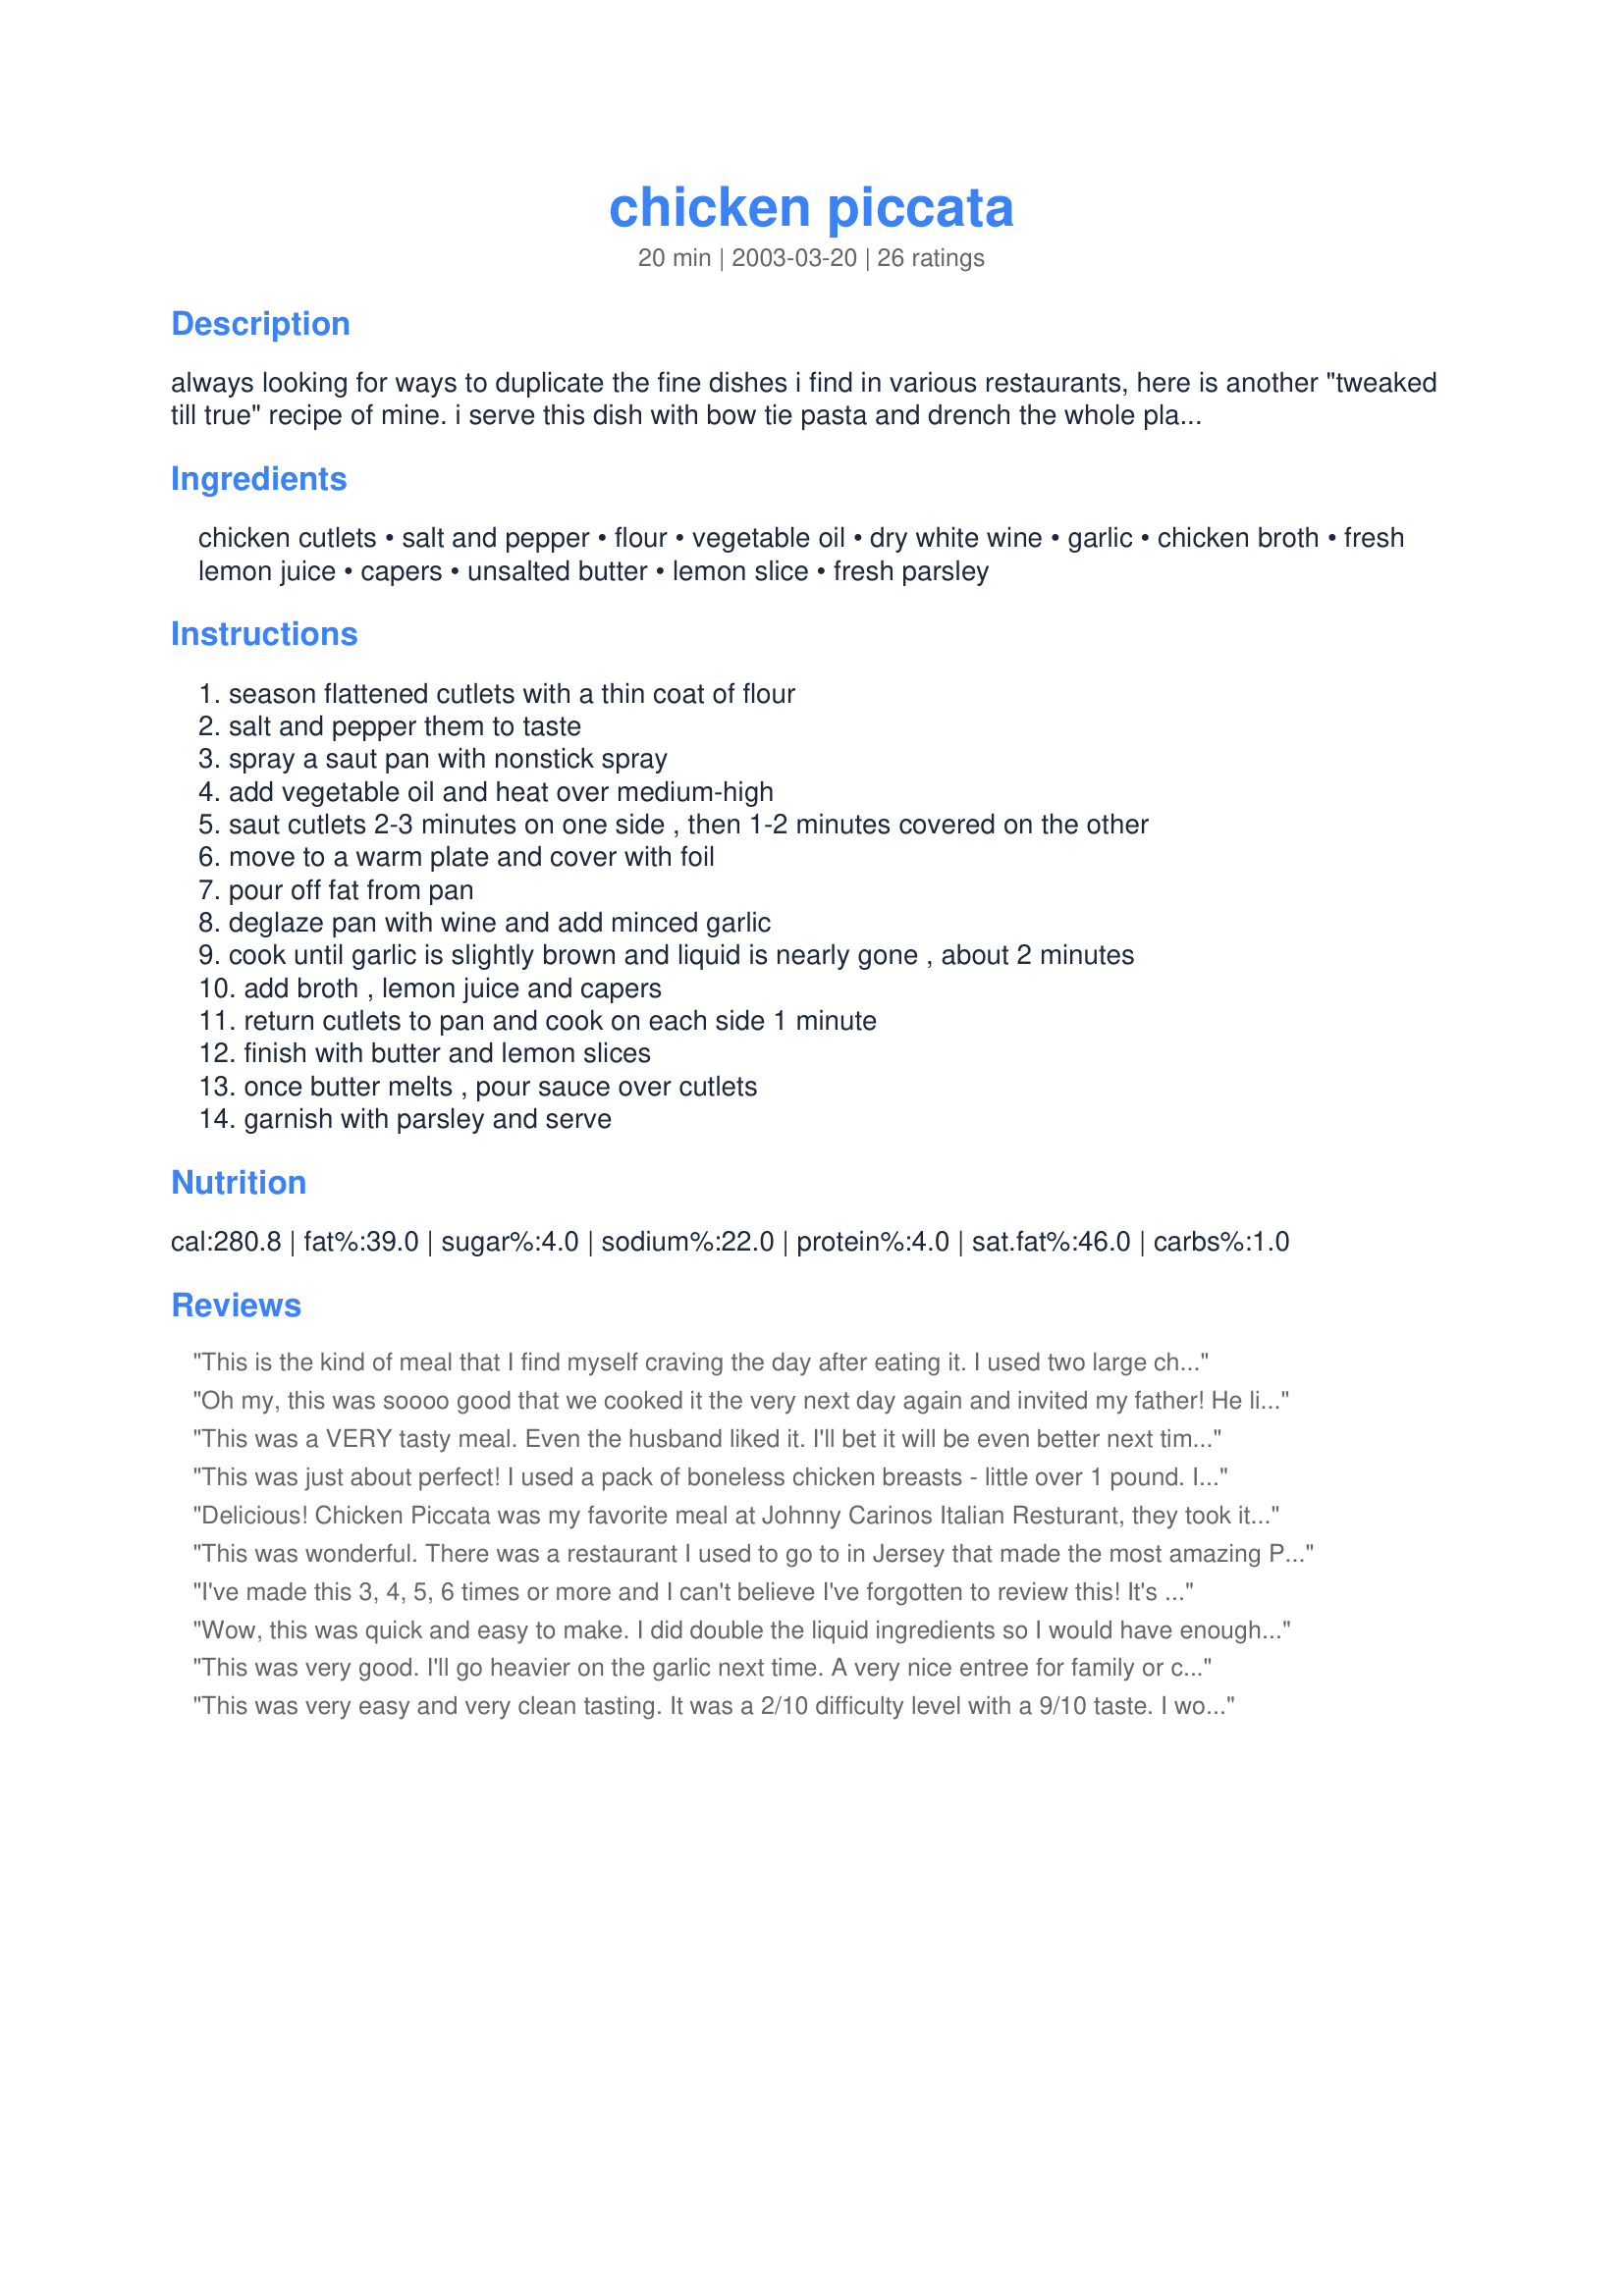
chicken piccata
Preparation time: 20 minutes

always looking for ways to duplicate the fine dishes i find in various restaurants, here is another "tweaked till true" recipe of mine. i serve this dish with bow tie pasta and drench the whole plate with the sauce.

Ingredients:
chicken cutlets, salt and pepper, flour, vegetable oil, dry white wine, garlic, chicken broth, fresh lemon juice, capers, unsalted butter, lemon slice, fresh parsley

Steps:
season flattened cutlets with a thin coat of flour, salt and pepper them to taste, spray a saut pan with nonstick spray, add vegetable oil and heat over medium-high, saut cutlets 2-3 minutes on one side , then 1-2 minutes covered on the other, move to a warm plate and cover with foil, pour off fat from pan, deglaze pan with wine and add minced garlic, cook until garlic is slightly brown and liquid is nearly gone , about 2 minutes, add broth , lemon juice and capers, return cutlets to pan and cook on each side 1 minute, finish with butter and lemon slices, once butter melts , pour sauce over cutlets, garnish with parsley and serve

Reviews:
This is the kind of meal that I find myself craving the day after eating it. I used two large chicken breasts that I sliced in half horizontally, making it much easier to pound into really thin cutlets. This was so quick and easy to prepare and, BONUS, I always have these ingredients on hand so it's a great last-minute type of meal. You MUST serve this with pasta! Thanks for the recipe Sandi :)
Oh my, this was soooo good that we cooked it the very next day again and invited my father! He liked it so much that he proceded to ask when we were going to have it again and then said "you better invite me"!!!
This was a VERY tasty meal. Even the husband liked it. I'll bet it will be even better next time when I remember to add the butter at the end. GRRRRR. But ya know, even though I completely brain dumped that, it was still a delicious recipe. My husband didn't even realize there was wine in it (he swears he doesn't like wine in foods) because it wasn't overpowering. The only thing I may do differently is to try dipping the breasts into a mixture of 2 eggs and 2 tbsp of dijon mustard before dredging them in flour or maybe breadcrumbs. And I say I "may" do that, because I'm not sure if I can bring myself to change anything. Thanks for the recipe!
This was just about perfect! I used a pack of boneless chicken breasts - little over 1 pound. I browned them in a combo of 1 T. oil and 1 T. butter. Otherwise, followed this exactly and it was delicious - lemony, garlicky, buttery - wonderful blend of flavors! Thanks!
Delicious! Chicken Piccata was my favorite meal at Johnny Carinos Italian Resturant, they took it off their menu I have been craving it ever since! This tasted almost exact! My husband said this was one of his favorite meals I have made! We didn't have the dry white wine so we subsituted chicken broth--it tasted great! We will be making this many times over. Thank you.
This was wonderful. There was a restaurant I used to go to in Jersey that made the most amazing Pollo Limone...and this recipe is almost exactly like that wonderful dish I used to have whenever I visited my friends in Jersey. Fabulous! I served it with a Pasta Primavera recipe (22077) and it complemented it perfectly!
I've made this 3, 4, 5, 6 times or more and I can't believe I've forgotten to review this! It's absolutely divine! Easy to follow recipe that is quick to put together, yet tastes like you spent much more time in the kitchen. Highly recommended!
Wow, this was quick and easy to make. I did double the liquid ingredients so I would have enough to spoon the sauce over pasta. So I served the chicken over whole wheat pasta but since whole wheat is a bit chewy, I think for the next time I will serve it over regular angel hair pasta -- that would have been perfect. Also, I may try this chicken cut into smaller strips and made as a chicken, ziti, broccoli dish. Will make this again and again! Yummy!
This was very good. I'll go heavier on the garlic next time. A very nice entree for family or company.
This was very easy and very clean tasting. It was a 2/10 difficulty level with a 9/10 taste. I would recommend more lemon in the future and maybe a little less liquid. Followed the directions exactly. My boyfriend and I loved this with some butter/garlic orzo. Adding this to the rotation. Thanks!
I actually doubled the recipe (4 servings) because I had 5 cutlets and it turned out perfectly. There was enough sauce to serve with egg noodles. The directions were easy to follow. PERFECTO!
I wish I could give this 10 stars!!! This is the best Chicken Piccata I have EVER had! Can't say enough about it. The chicken was perfectly tender and moist and the ratio of ingredients is perfect. The only thing I did different was add about 4T of capers because I love them so much. Wonderful recipe, Sandi(From CA).

Thanks For such a fantastic recipe! I have been making chicken piccata for a while now. The recipe i have uses way too much butter. This has the perfect balance of garlic, lemon and butter! I followed the simple recipe exactly and enjoyed results! Will use this recipe from now on! Thanks Again!
Yummity-yum-yum!!! So easy and so delish! Used salted butter and Myer lemons and this was FANTASTIC!!! Even my almost 2 yr. old daughter loved it! Will for sure be a recipe we'll make over and over. Thanks for posting!
This was easy to make; and excellent eating. The flavors came together very well. My chicken breast was kind of large so I doubled the sauce and am glad I did. We had it with penne rigate pasta, steamed green beans and a tossed salad. This goes in the keeper file and will work for both company dinners and regular at home meals.
I wanted Chicken Piccata so I looked around. There are like a hundred recipes to pick from. I figured I'd try one this time, then another next time until I found the best. This is the first one I picked and OMGOSH - I won't even try any others! I moaned through the whole meal! I've never tasted anything so good in my life!!!!!!!
Goodlordywwhooddy....this is some seriously good stuff. Much easier than I thought it would be and an excellent first choice for this recipe. I had been craving Chicken Piccata but would never stop long enough to make any.

This recipe is THE ONE....the flavors are delightful and the directions perfect.

Thanks Sandi!!! I'll be making this again and again!!!
This was delicious!! I used butter and olive oil to saute the cutlets like another reviewer did, but other than that I followed it exactly. I will make this again and again. Thank you.
A total winner in our house. It is "requested" by our kids to be added to the weekly menu!!!! HIGHLY recommend!
What a treat this was.We really enjoyed it.It is quite similar to my recipe but mine has mushrooms and parmesan cheese.I will make this again;very tasty.Thanks for posting.
Rita
This is an excellent recipe. Restaurant quality in my opinion. Very easy to follow directions with better than expected results. Nice balance of lemon, garlic, wine and butter for a sumptious flavored sauce. I served it with linguine noodles. Deserves more than 5 stars. Thanks.
This was a nice blend of flavours. Being the first time I have used capers I was unsure how I would like it.......it is a 'keeper' for me:) I will certainly use capers in other recipes now :) Thanks for sharing.
Made this for lunch today with turkey cutlets pounded thin. Easy and restaurant quality results. We do have very good capers here and that only added to the overall goodness. I will certianly do this one again, quick to do too, especially if you get it all set up beforehand. Thanks!
This recipe is easy and delicious. I prepared this for a family birthday party of 20 and received thumbs up by everyone (even my S.O who is a basic meat and potato man.) Preparing for a large party was not difficult and I recommend if you're looking for a group pleaser. The platter looked gorgeous and a pic was taken for all of the memory scrapbooks. Thanks, Sandi from Ca for sharing!
I made this recipe for my boyfriend, his friend, and I. It came out really good, but the sauce was a little runny. Maybe I'll add some corn starch or flour next time
Didn't have wine, so I used chicken broth. Everyone loved it! My dad said I could make it anytime for him... he usually does not like any new recipes I try. The gravy was great on mashed potatoes too. Next time I'll try the pasta as suggested.
